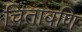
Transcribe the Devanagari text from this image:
चितावणि